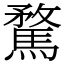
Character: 騖